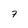
Character: 7